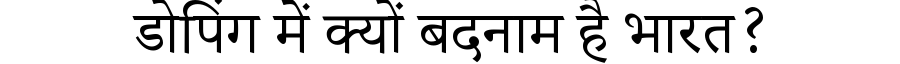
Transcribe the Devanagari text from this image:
डोपिंग में क्यों बदनाम है भारत?